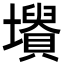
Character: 𡓤